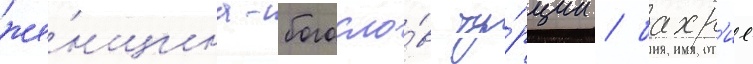
же́нщина-богосло́в ту́рции / бахр'ие